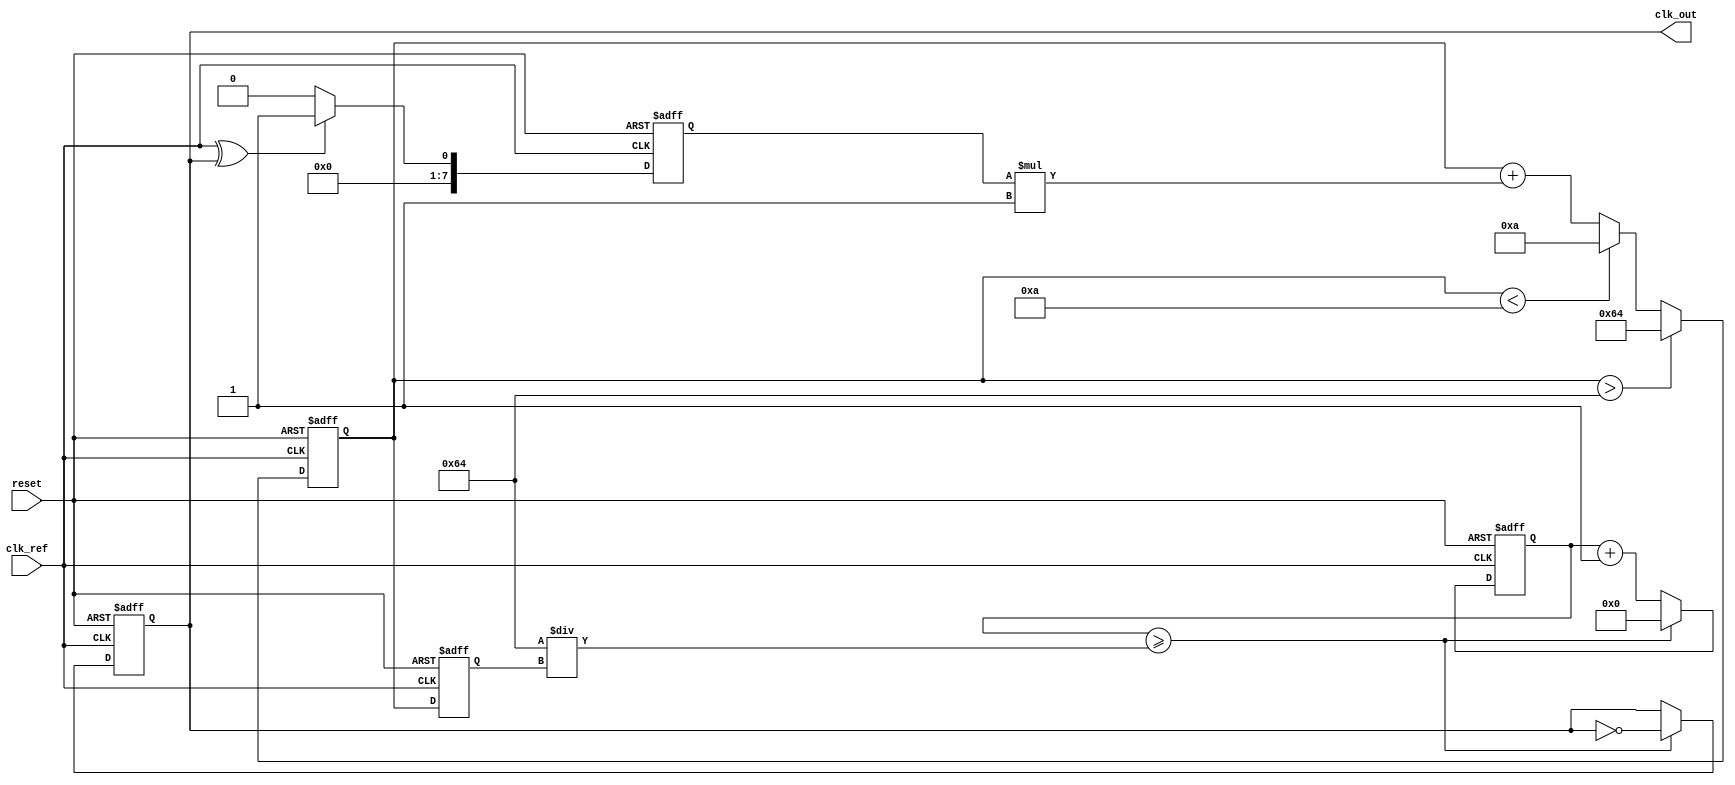
module PLL (
    input wire clk_ref,          // Reference clock input
    input wire reset,            // Asynchronous reset
    output reg clk_out           // Output clock
);

// Parameters
parameter VCO_MAX_FREQ = 100;  // Maximum frequency of VCO
parameter VCO_MIN_FREQ = 10;    // Minimum frequency of VCO
parameter LOOP_FILTER_GAIN = 1; // Gain of the loop filter

// Internal signals
reg [7:0] phase_error;          // Phase error signal
reg [7:0] control_voltage;      // Control voltage for VCO
reg [7:0] vco_frequency;        // Current frequency of VCO
reg [31:0] counter;             // Counter for generating output clock

// Phase Detector (PD)
always @(posedge clk_ref or posedge reset) begin
    if (reset) begin
        phase_error <= 0;
    end else begin
        // Simple XOR phase detector
        phase_error <= (clk_ref ^ clk_out) ? 1 : 0;
    end
end

// Loop Filter
always @(posedge clk_ref or posedge reset) begin
    if (reset) begin
        control_voltage <= 0;
    end else begin
        // Simple proportional control
        control_voltage <= control_voltage + (phase_error * LOOP_FILTER_GAIN);
        // Clamp control voltage to VCO range
        if (control_voltage > VCO_MAX_FREQ) begin
            control_voltage <= VCO_MAX_FREQ;
        end else if (control_voltage < VCO_MIN_FREQ) begin
            control_voltage <= VCO_MIN_FREQ;
        end
    end
end

// Voltage-Controlled Oscillator (VCO)
always @(posedge clk_ref or posedge reset) begin
    if (reset) begin
        vco_frequency <= VCO_MIN_FREQ;
        clk_out <= 0;
        counter <= 0;
    end else begin
        // Adjust VCO frequency based on control voltage
        vco_frequency <= control_voltage;

        // Generate output clock based on VCO frequency
        counter <= counter + 1;
        if (counter >= (100 / vco_frequency)) begin
            clk_out <= ~clk_out; // Toggle output clock
            counter <= 0;
        end
    end
end

endmodule